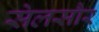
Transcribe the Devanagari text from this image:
सेलसौर